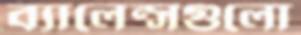
ব্যালেন্সগুলো